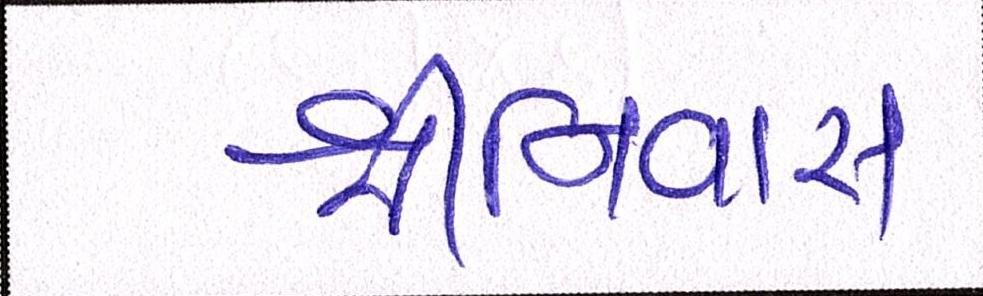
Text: શ્રીનિવાસ